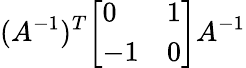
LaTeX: (A^{-1})^{T}{\left[\begin{array}{ll}{0}&{1}\\ {-1}&{0}\end{array}\right]}A^{-1}